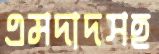
এমদাদসহ